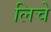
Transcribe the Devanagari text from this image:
लिचे